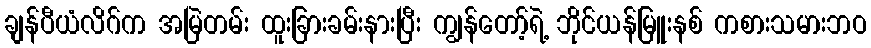
ချန်ပီယံလိဂ်က အမြဲတမ်း ထူးခြားခမ်းနားပြီး ကျွန်တော့်ရဲ့ ဘိုင်ယန်မြူးနစ် ကစားသမားဘဝ